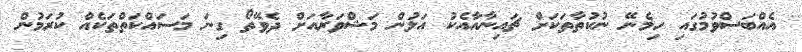
އެއްބަސްވުމުގައި ހިމެނޭ ނުކުތާތަކަށް ޗައިނާއާއެކު އަލުން މަޝްވަރާއަށް ދެވޭތޯ ގިނަ މަސައްކަތްތަކެއް ކުރަމުން